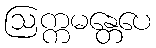
ဩက္ကမန္တေပေ